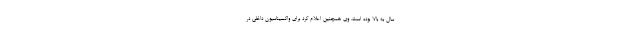
سال به بالا بوده است. وی همچنین اعلام کرد برای واکسیناسیون داخلی در